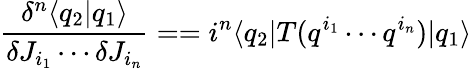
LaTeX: \frac{\delta^{n}\langle q_{2}|q_{1}\rangle}{\delta J_{i_{1}}\cdots\delta J_{i_{n}}}==i^{n}\langle q_{2}|T(q^{i_{1}}\cdots q^{i_{n}})|q_{1}\rangle